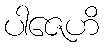
ပါဇေဟိ